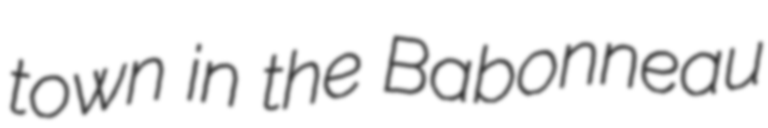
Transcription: town in the Babonneau